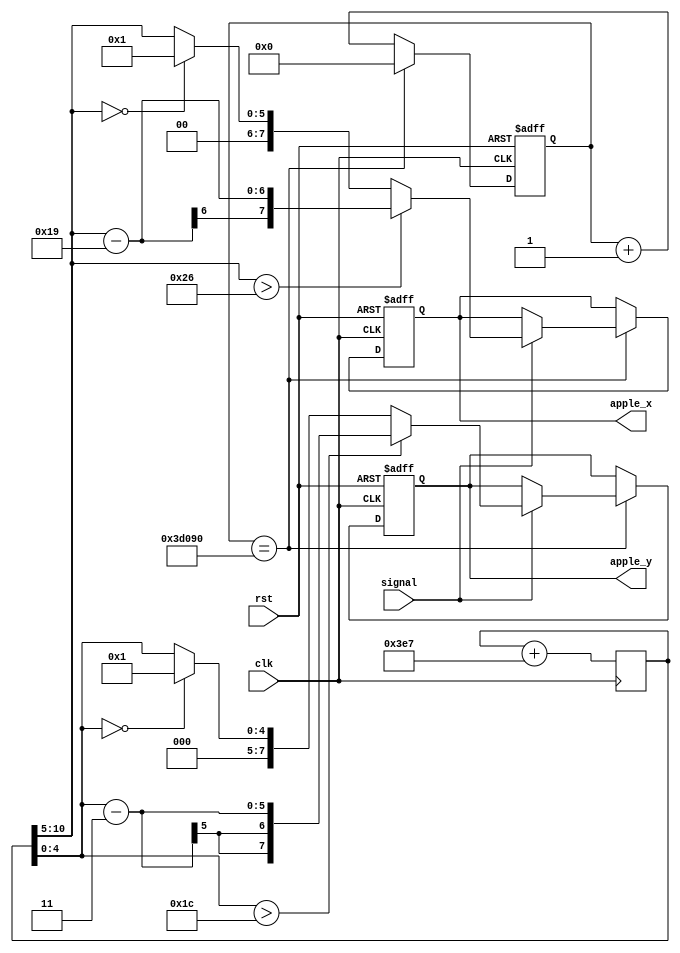
module Apple(
    input clk,
    input rst,
    input signal,
    
    output reg[7:0] apple_x,
    output reg[7:0] apple_y
    );
    reg [31:0]clk_cnt;
    reg [10:0]random_num;
        
    always@(posedge clk)
        random_num <= random_num + 999;
    
    always@(posedge clk or negedge rst) begin
                if(!rst) begin
                    clk_cnt <= 0;
                    apple_x <= 24;
                    apple_y <= 10;
                end
                else begin
                    clk_cnt <= clk_cnt+1;
                    if(clk_cnt == 250_000) begin
                        clk_cnt <= 0;
                        if(signal) begin
                            apple_x <= (random_num[10:5] > 38) ? (random_num[10:5] - 25) : (random_num[10:5] == 0) ? 1 : random_num[10:5];
                            apple_y <= (random_num[4:0] > 28) ? (random_num[4:0] - 3) : (random_num[4:0] == 0) ? 1:random_num[4:0];
                        end
                     end
                 end
            end
     endmodule